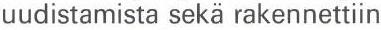
uudistamista sekä rakennettiin